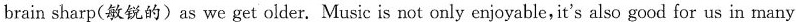
brain sharp(敏锐的) as we get older. Music is not only enjoyable, it's also good for us in many